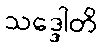
သဒ္ဒေါတိ